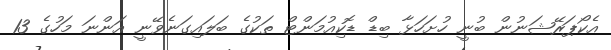
އެކޯޕަރޭޝަނުން ބުނީ ހުށަހަޅާ ބިޑް ޑޮކިއުމަންޓް ތަކުގެ ބަލައިގަނެވޭނީ އަންނަ މަހުގެ 13